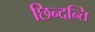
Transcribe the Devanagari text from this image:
छिन्दन्ति